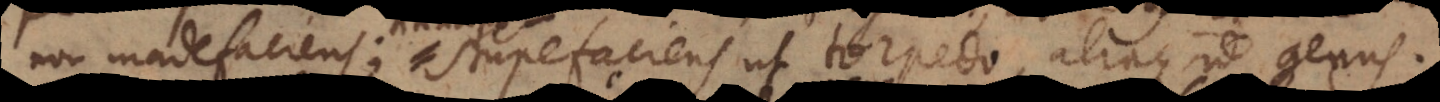
non madefaciens; stupefaciens ut torpedo, aliaque id genus.